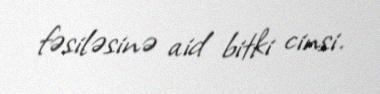
fəsiləsinə aid bitki cinsi.